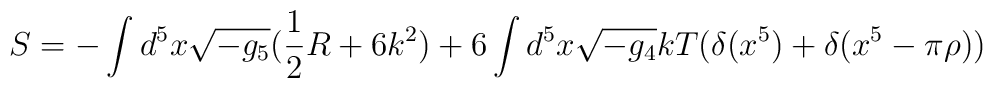
S= -\int d^5 x \sqrt{-g_5} (\frac{1}{2}R + 6 k^2)+  6 \int d^5 x\sqrt{-g_4}k T (\delta(x^5) + \delta(x^5-\pi\rho))